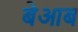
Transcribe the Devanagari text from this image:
बेआब